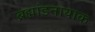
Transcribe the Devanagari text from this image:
ब्रह्मांडनायाक